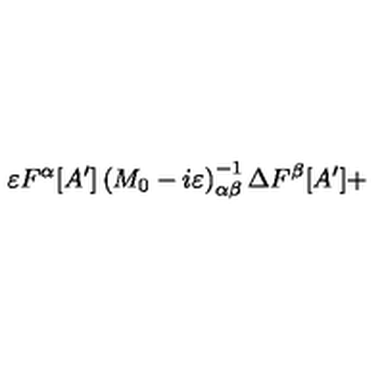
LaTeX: \varepsilon F ^ { \alpha } [ A ^ { \prime } ] \left( M _ { 0 } - i \varepsilon \right) _ { \alpha \beta } ^ { - 1 } \Delta F ^ { \beta } [ A ^ { \prime } ] +